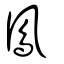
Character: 鳳